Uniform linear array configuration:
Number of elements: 64
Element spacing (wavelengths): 1
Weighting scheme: cosine
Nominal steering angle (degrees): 0
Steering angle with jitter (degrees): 0.1414
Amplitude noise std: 0.05
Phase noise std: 0.05

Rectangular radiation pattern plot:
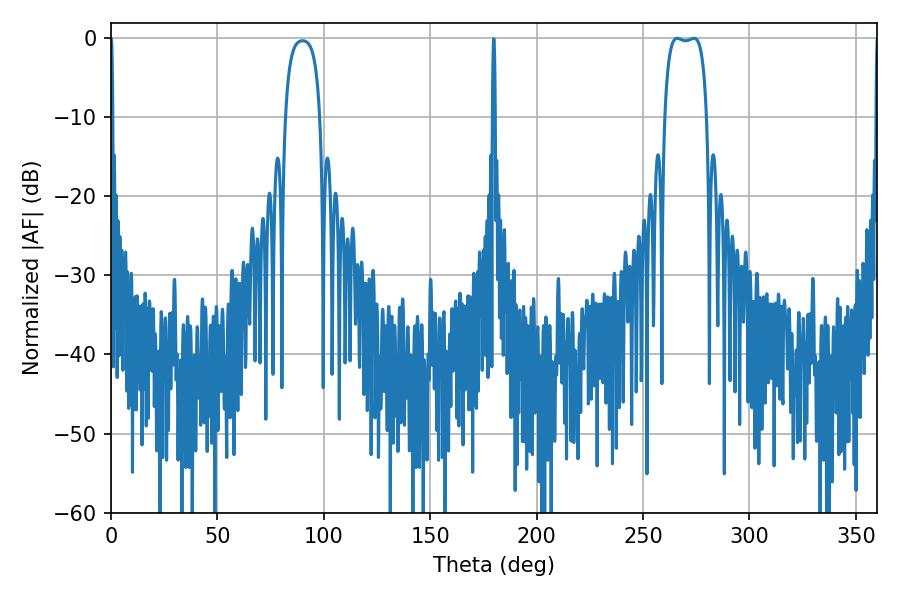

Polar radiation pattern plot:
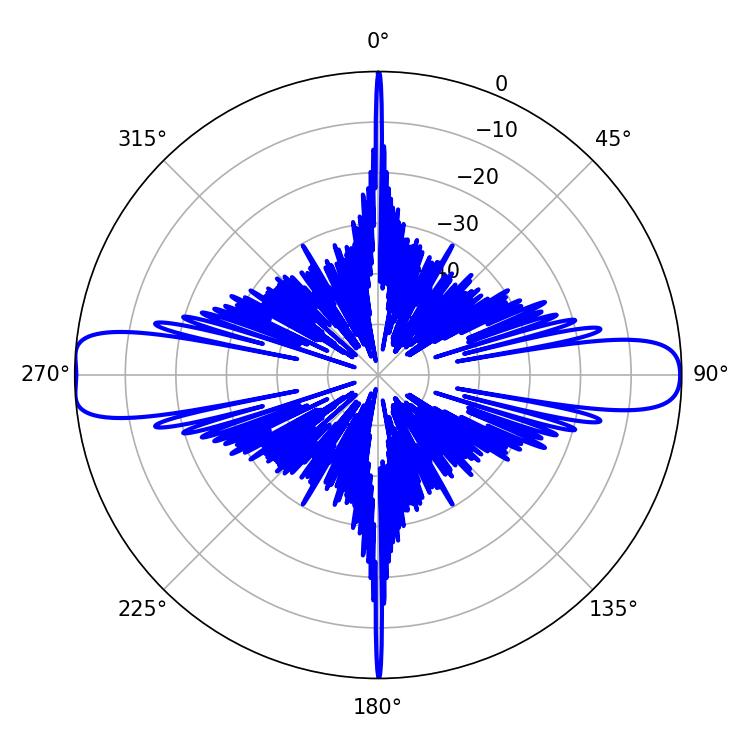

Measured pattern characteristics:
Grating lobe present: TRUE
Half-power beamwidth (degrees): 15.84
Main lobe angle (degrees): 266.04